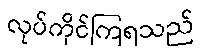
လုပ်ကိုင်ကြရသည်